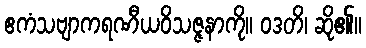
ဧကံသဗျာကရဏီယဝိသဇ္ဇနာကို။ ဝဒတိ၊ ဆို၏။